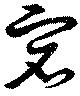
宕